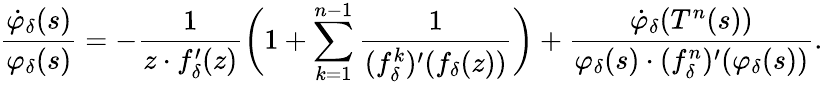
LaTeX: \frac{\dot{\varphi}_{\delta}(s)}{\varphi_{\delta}(s)}=-\frac{1}{z\cdot f_{\delta}^{\prime}(z)}\bigg(1+\sum_{k=1}^{n-1}\frac{1}{(f_{\delta}^{k})^{\prime}(f_{\delta}(z))}\bigg)+\frac{\dot{\varphi}_{\delta}(T^{n}(s))}{\varphi_{\delta}(s)\cdot(f_{\delta}^{n})^{\prime}(\varphi_{\delta}(s))}.